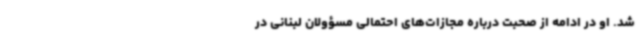
شد. او در ادامه از صحبت درباره مجازات‌های احتمالی مسؤولان لبنانی در